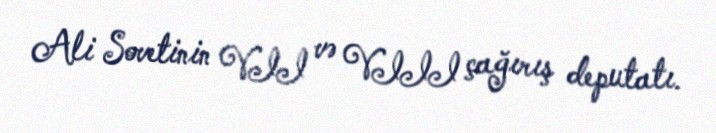
Ali Sovetinin VII və VIII çağırış deputatı.